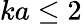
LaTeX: ka\le 2